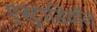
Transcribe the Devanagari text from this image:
एस्ट्राडियॉल